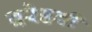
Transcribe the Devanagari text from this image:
बरेहवी